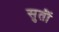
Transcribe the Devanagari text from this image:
सुतीं